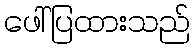
ဖေါ်ပြထားသည်